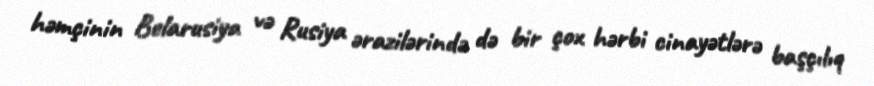
həmçinin Belarusiya və Rusiya ərazilərində də bir çox hərbi cinayətlərə başçılıq